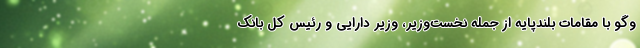
وگو با مقامات بلندپایه از جمله نخست‌وزیر، وزیر دارایی و رئیس کل بانک